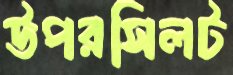
উপরসিলট